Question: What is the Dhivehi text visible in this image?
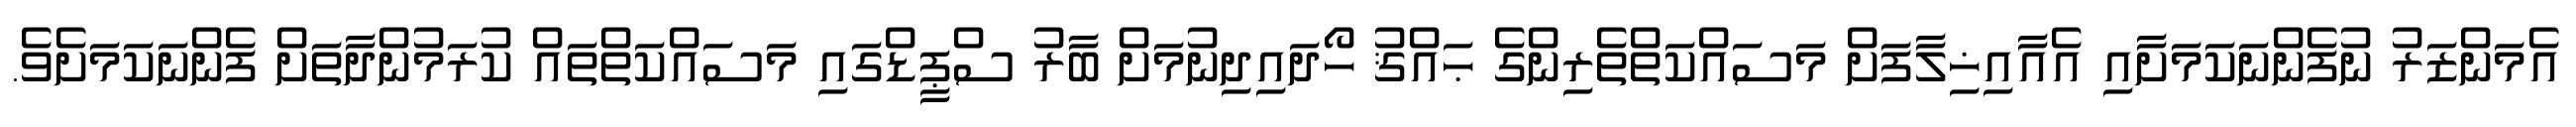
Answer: އެމަންޒަރު ނުފެންނަކަމަށާއި އެއާއިޚިލާފަށް މަސައްކަތްތެރިންގެ ޙައްޤު ހޯދައިދިނުމަށް ބާރު ސްޕީޑްގައި މަސައްކަތްތައް ކުރަމުންދާތަށް ފެންނަކަމަށެވެ.